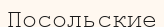
Посольские